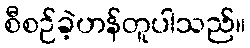
စီစဉ်ခဲ့ဟန်တူပါသည်။